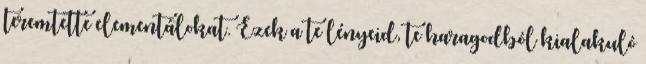
teremtette elementálokat. Ezek a te lényeid, te haragodból kialakuló